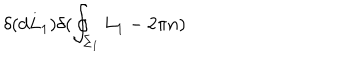
\delta ( d L _ { 1 } ) \delta ( \oint _ { \Sigma _ { 1 } } L _ { 1 } - 2 \pi n )